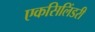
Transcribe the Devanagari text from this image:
एकसिलिंडरी